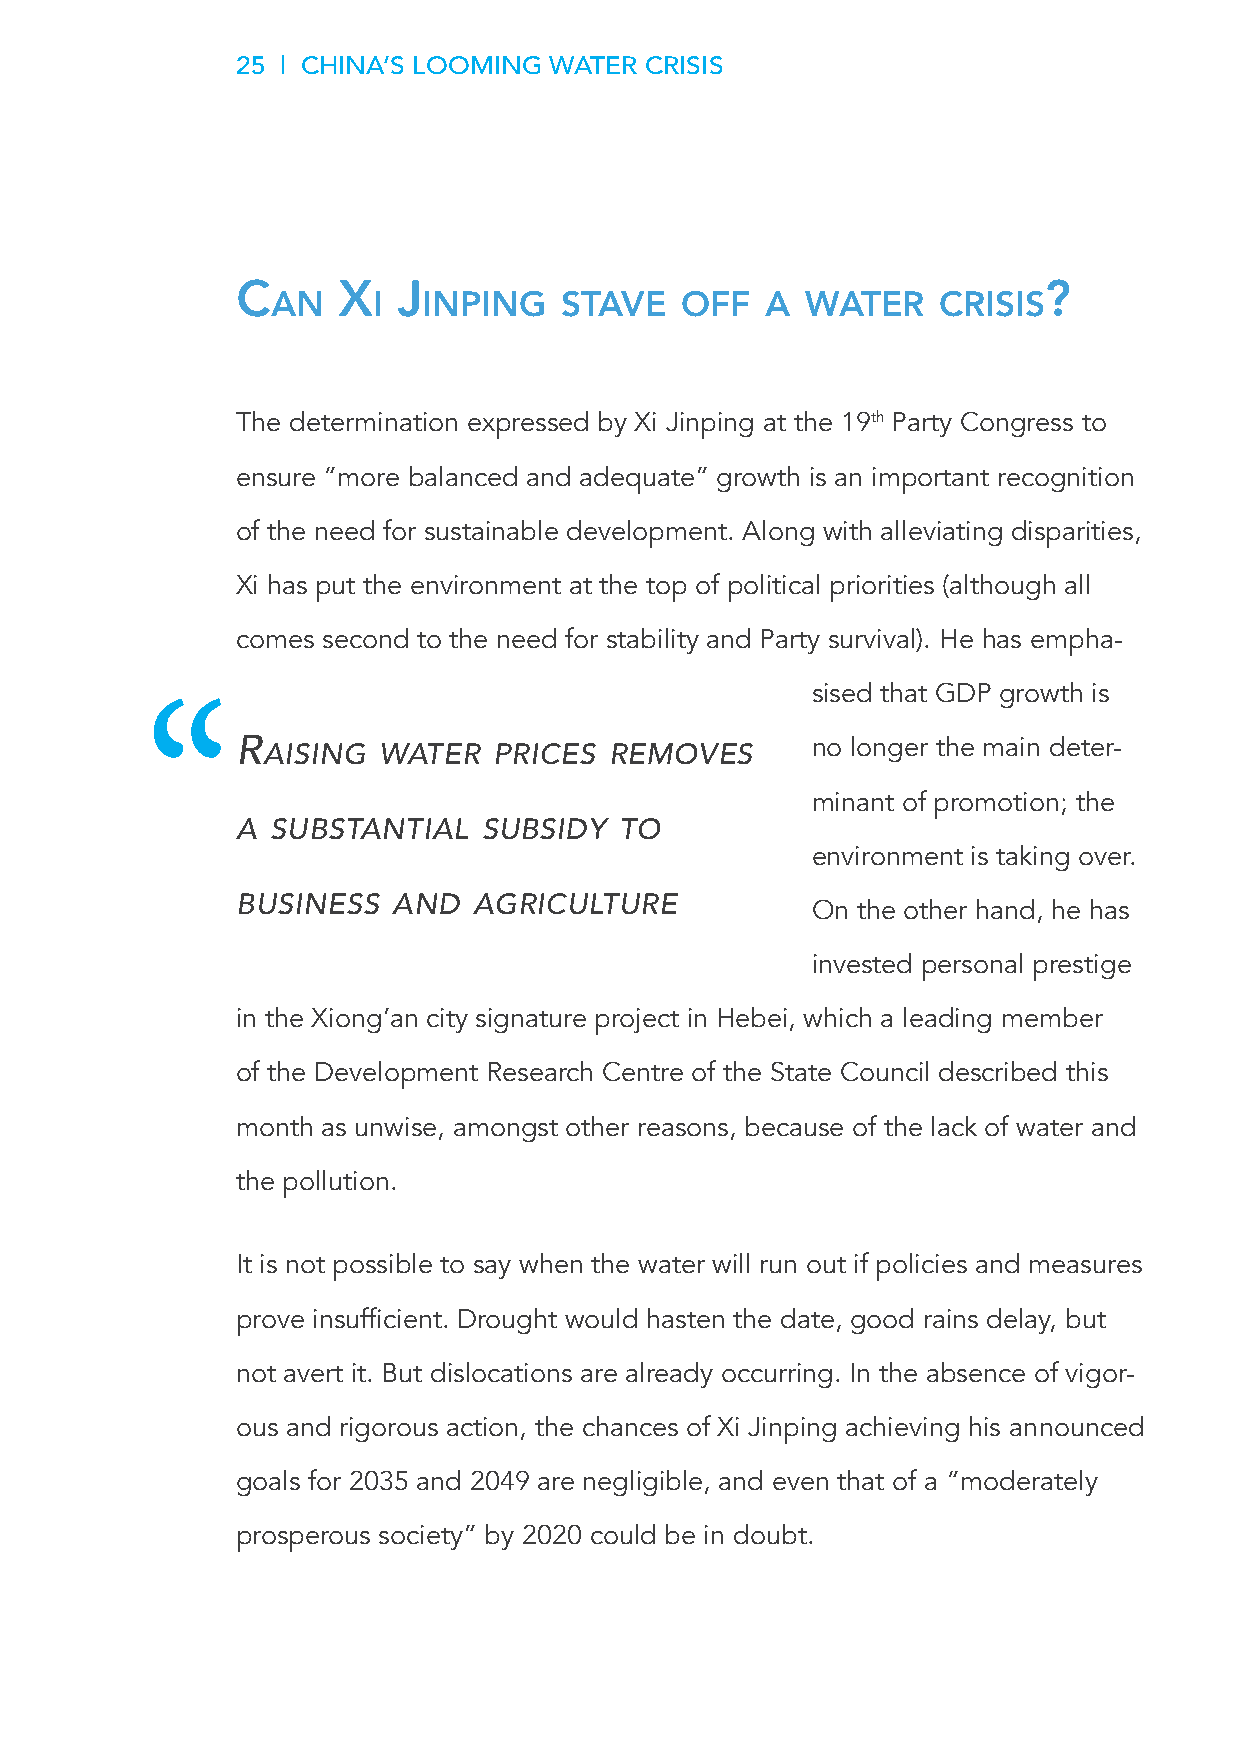
25 | CHINA’S LOOMING WATER CRISIS
 C     x   J                                          ?
 an     I  InpIng   stave   off   a water    CrIsIs
 The determination expressed by Xi Jinping at the 19th Party Congress to
 ensure “more balanced and adequate” growth is an important recognition
 of the need for sustainable development. Along with alleviating disparities,
 Xi has put the environment at the top of political priorities (although all
 comes second to the need for stability and Party survival). He has empha-
 sised that GDP growth is
 r aISIng Water   PrIceS removeS       no longer the main deter-
 minant of promotion; the
 a SubStantIal   SubSIdy  to
 environment is taking over.
 buSIneSS  and  agrIculture
 On the other hand, he has
 invested personal prestige
 in the Xiong’an city signature project in Hebei, which a leading member
 of the Development Research Centre of the State Council described this
 month as unwise, amongst other reasons, because of the lack of water and
 the pollution.
 It is not possible to say when the water will run out if policies and measures
 prove insufficient. Drought would hasten the date, good rains delay, but
 not avert it. But dislocations are already occurring. In the absence of vigor-
 ous and rigorous action, the chances of Xi Jinping achieving his announced
 goals for 2035 and 2049 are negligible, and even that of a “moderately
 prosperous society” by 2020 could be in doubt.